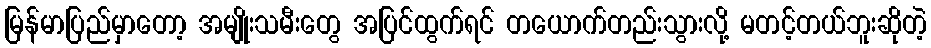
မြန်မာပြည်မှာတော့ အမျိုးသမီးတွေ အပြင်ထွက်ရင် တယောက်တည်းသွားလို့ မတင့်တယ်ဘူးဆိုတဲ့